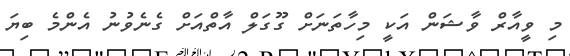
މި ވީއާރް ވާޝަން އަކީ މިހާތަނަށް ގޫގަލް އާތްއަށް ގެނެވުނު އެންމެ ބިޔަ